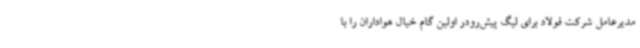
مدیرعامل شرکت فولاد برای لیگ پیش‌رودر اولین گام خیال هواداران را با